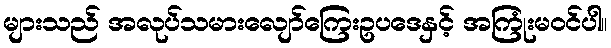
များသည် အလုပ်သမားလျော်ကြေးဥပဒေနှင့် အကြုံးမဝင်ပါ။